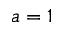
a = 1